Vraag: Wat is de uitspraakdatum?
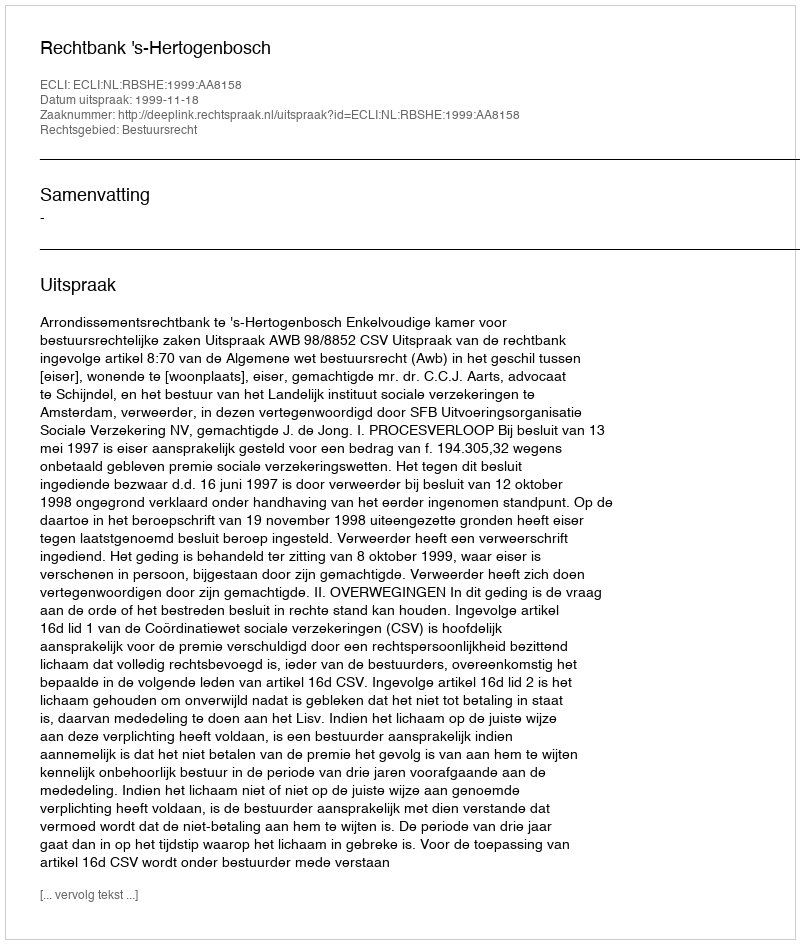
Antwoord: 1999-11-18